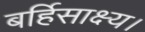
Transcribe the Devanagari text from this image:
बर्हिसाक्ष्य।